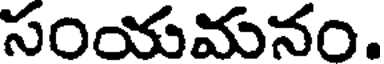
సంయమనం.